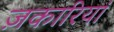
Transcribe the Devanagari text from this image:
ज़कारियां